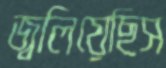
জ্বলিয়েছিস